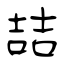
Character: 喆